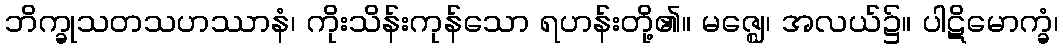
ဘိက္ခုသတသဟဿာနံ၊ ကိုးသိန်းကုန်သော ရဟန်းတို့၏။ မဇ္ဈေ၊ အလယ်၌။ ပါဋိမောက္ခံ၊